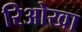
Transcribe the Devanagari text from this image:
रिओखा